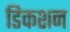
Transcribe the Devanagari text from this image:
डिकशन